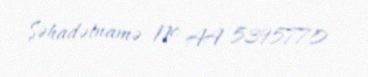
Şəhadətnamə № AA 5395770